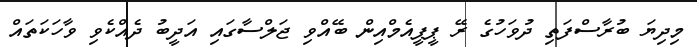
މިދިޔަ ބުރާސްފަތި ދުވަހުގެ ރޭ ޕީޕީއެމްއިން ބޭއްވި ޖަލްސާގައި އަދީބު ދެއްކެވި ވާހަކަތައް